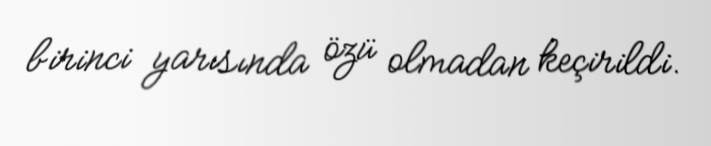
birinci yarısında özü olmadan keçirildi.